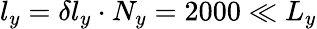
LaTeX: l_{y}=\delta l_{y}\cdot N_{y}=2000\ll L_{y}